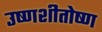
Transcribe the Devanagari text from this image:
उष्णशीतोष्ण